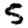
Digit: 5